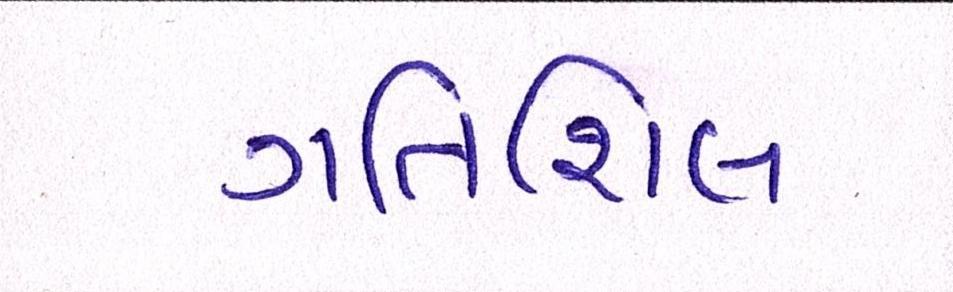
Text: ગતિશિલ